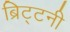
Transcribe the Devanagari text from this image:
ब्रिट्टनी